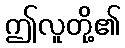
ဤလူတို့၏